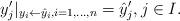
LaTeX: \begin{align*}y_j'\vert_{y_i \leftarrow \hat y_i, i=1,\dots, n} = \hat y_j',j\in I.\end{align*}